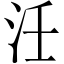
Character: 𭯺